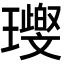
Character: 𤪨